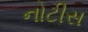
નોટીસ